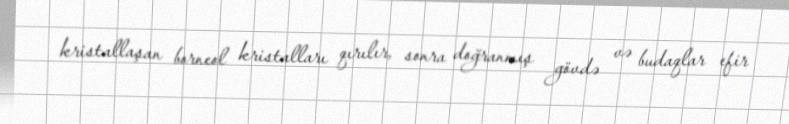
kristallaşan borneol kristalları qırılır, sonra doğranmış gövdə və budaqlar efir